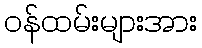
ဝန်ထမ်းများအား